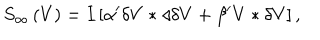
LaTeX: S _ { \infty } \left( V \right) = I \left[ \alpha ^ { \prime } \delta V \ast \triangleleft \delta V + \beta ^ { \prime } V \ast \delta V \right] ,